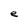
Character: e